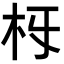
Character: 𣏛